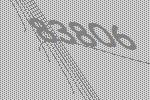
83806